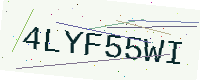
Text: 4LYF55WI